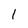
Character: 1